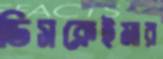
ডিসক্লেইমার